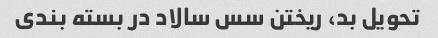
تحویل بد، ریختن سس سالاد در بسته بندی